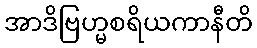
အာဒိဗြဟ္မစရိယကာနီတိ